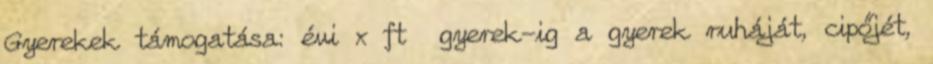
Gyerekek támogatása: évi x ft gyerek-ig a gyerek ruháját, cipőjét,